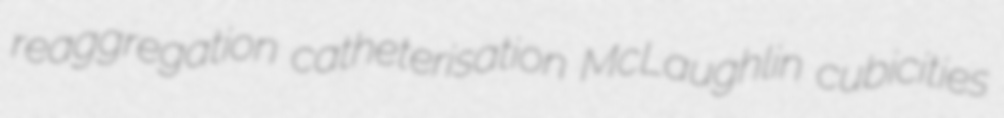
reaggregation catheterisation McLaughlin cubicities